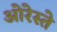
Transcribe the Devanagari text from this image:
ओरेस्ते